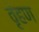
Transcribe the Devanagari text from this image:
वृंहण